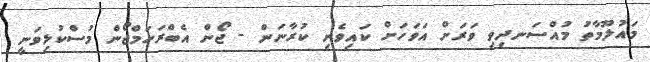
މައުލޫމާތު މުއްސަނދިވި ވަރަށް އަވަހަށް ކައިވެނި ކުރާނަން - ޖޯން އެބްރަހަމްޖޯން މުސްކުޅިވަނީ